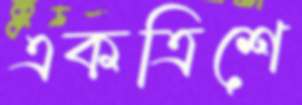
একত্রিশে